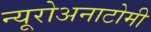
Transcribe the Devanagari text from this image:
न्यूरोअनाटोमी